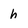
Character: h